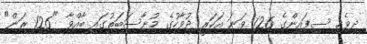
ދިވެހި ސިފައިންގެ 126 ވަނަ އަހަރީ ދުވާހުގެ މުނާސަބަތުގައި ބާއްވާ "126 ރަން"